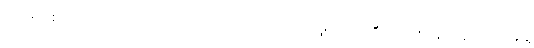
ကာမာဝစရ ကုသိုလ်ကံက ထုတ်လုပ်တာ သက်သက် ဖြစ်တယ်၊ ဒီထဲမှာ ဈာန်တွေ ဘာတွေနဲ့